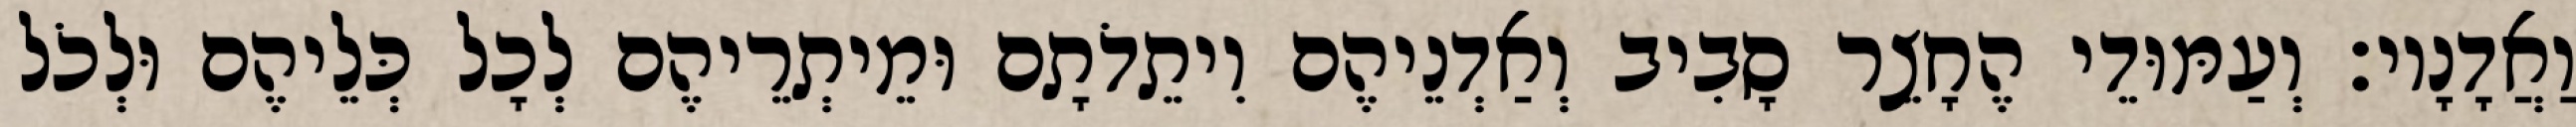
וַאֲדָנָיו׃ וְעַמּוּדֵי הֶחָצֵר סָבִיב וְאַדְנֵיהֶם וִיתֵדֹתָם וּמֵיתְרֵיהֶם לְכָל כְּלֵיהֶם וּלְכֹל